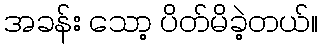
အခန်း သော့ ပိတ်မိခဲ့တယ်။